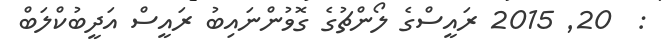
:  20